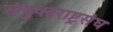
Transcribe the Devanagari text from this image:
संयुक्तराष्ट्रसंघ